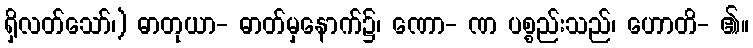
ရှိလတ်သော်၊) ဓာတုယာ- ဓာတ်မှနောက်၌၊ ဏော- ဏ ပစ္စည်းသည်၊ ဟောတိ- ၏။